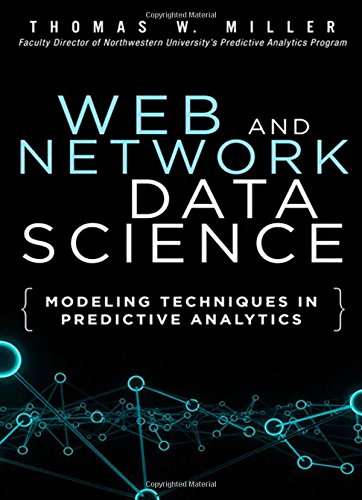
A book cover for Web and Network Data Science: Modeling Techniques in Predictive Analytics (FT Press Analytics); Thomas W. Miller; Computers & Technology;